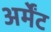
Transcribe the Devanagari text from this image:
अर्मेंट